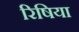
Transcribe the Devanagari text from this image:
रिषिया